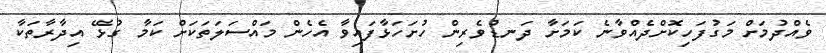
ވެއްދުމަށް މަގުފަހިކޮށްދެއްވާނެ ކަމަށާ ދަނޑުވެރިން ހުށަހަޅާފައިވާ އެހެން މައްސަލަތަކަށް ކަމާ ގުޅޭ އިދާރާތަކާ